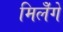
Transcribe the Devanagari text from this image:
मिलेँगे